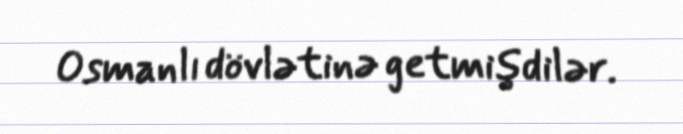
Osmanlı dövlətinə getmişdilər.